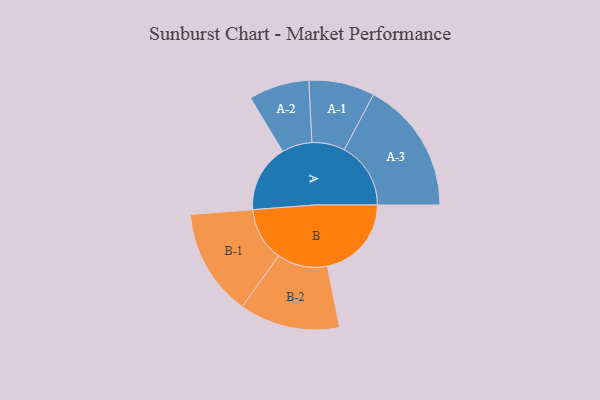
{"axis": {"x": "Segment", "y": "Value"}, "legend": ["", "A", "B"], "data": [{"x": "A", "y": 284, "type": ""}, {"x": "B", "y": 353, "type": ""}, {"x": "A-1", "y": 138, "type": "A"}, {"x": "A-2", "y": 127, "type": "A"}, {"x": "A-3", "y": 279, "type": "A"}, {"x": "B-1", "y": 225, "type": "B"}, {"x": "B-2", "y": 211, "type": "B"}]}